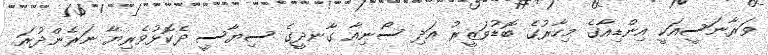
ވަރާނަސީއަކީ އިންޑިއާގެ މިހާރުގެ ބޮޑުވަޒީރު އަދި ސޯނިއާ ގާނދީގެ ސިޔާސީ ދެކޮޅުވެރިޔާ ނަރެންދުރަ